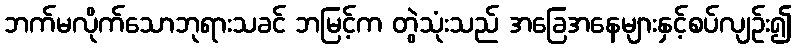
ဘက်မလိုက်သောဘုရားသခင် ဘမြင့်က တွဲသုံးသည် အခြေအနေများနှင့်စပ်လျဉ်း၍